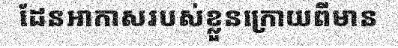
ដែនអាកាសរបស់ខ្លួនក្រោយពីមាន